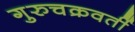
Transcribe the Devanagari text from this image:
गुरुचक्रवर्ती